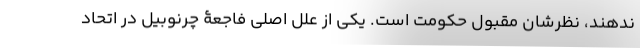
ندهند، نظرشان مقبول حکومت است. یکی از علل اصلی فاجعۀ چرنوبیل در اتحاد